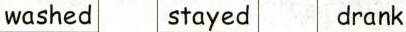
washed stay drank